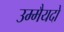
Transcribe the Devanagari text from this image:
उम्मैयदों